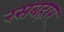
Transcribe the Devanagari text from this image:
रसबहार